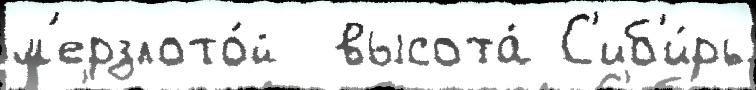
м'ерзлото́й  высота́ С'иб'и́рь